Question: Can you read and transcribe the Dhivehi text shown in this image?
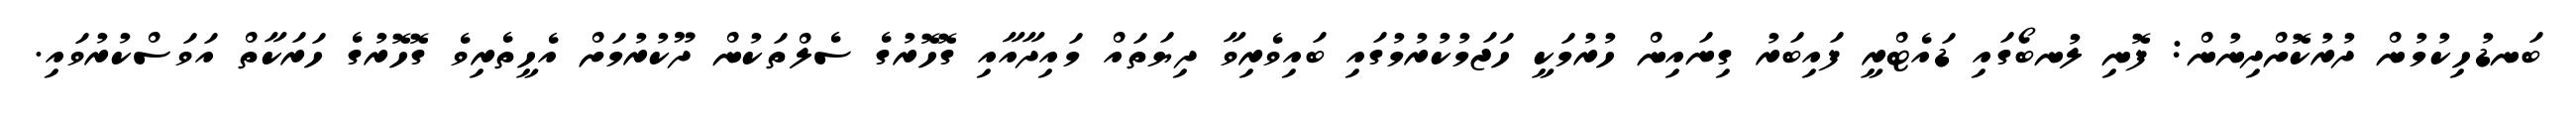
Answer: ބަނޑުހިކުމުން ދުރުކޮށްދިނުން: ފޮނި ލުނބޯގައި ޑައެޓްރީ ފައިބަރު ގިނައިން ހުރުމަކީ ހަޖަމުކުރުމުގައި ބައިވެރިވާ ދިޔަތައް މައިދާއާއި ގޮހޮރުގެ ސެލްތަކުން ދޫކުރުމަށް އެހީތެރިވެ ގޮހޮރުގެ ހަރަކާތް އަވަސްކުރުވައި.